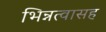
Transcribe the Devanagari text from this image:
भिन्नत्वासह